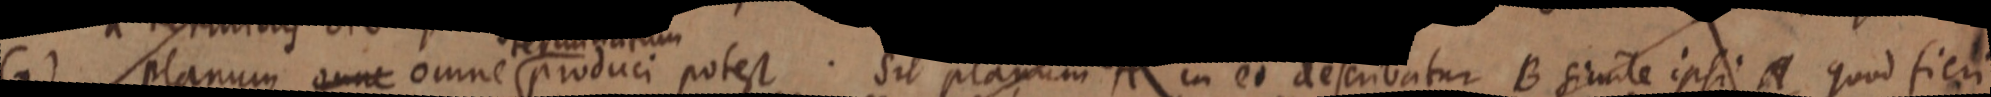
(2) planum omne omne produci potest. Sit planum A in eo describatur B simile ipsi A quod fieri